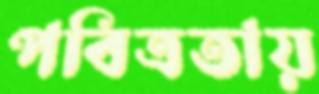
পবিত্রতায়